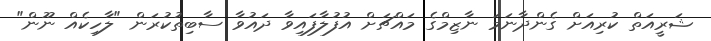
ޝަރީއަތް ކުރިއަށް ގެންދާނަމަ ނާޒިމްގެ މައްޗަށް އުފުލާފައިވާ ދައުވާ ސާބިތުކުރަން "ލާހިކެއް ނޫން"